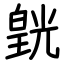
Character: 皝